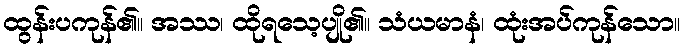
ထွန်းပကုန်၏။ အဿ၊ ထိုရသေ့ပျို၏။ သံယမာနံ၊ ထုံးအပ်ကုန်သော။